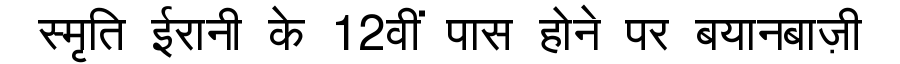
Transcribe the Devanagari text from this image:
स्मृति ईरानी के 12वीं पास होने पर बयानबाज़ी